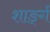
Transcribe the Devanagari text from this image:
शार्ङ्‍ग